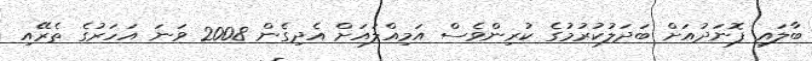
ބާލައި ފޮނަދުއަށް ބަދަލުުކުރުމުގެ ކުރިންވެސް އަމިއްލައަށް އެދިގެން 2008 ވަނަ އަހަރުގެ ތެރޭއި